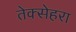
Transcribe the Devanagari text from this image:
तेक्सेहरा